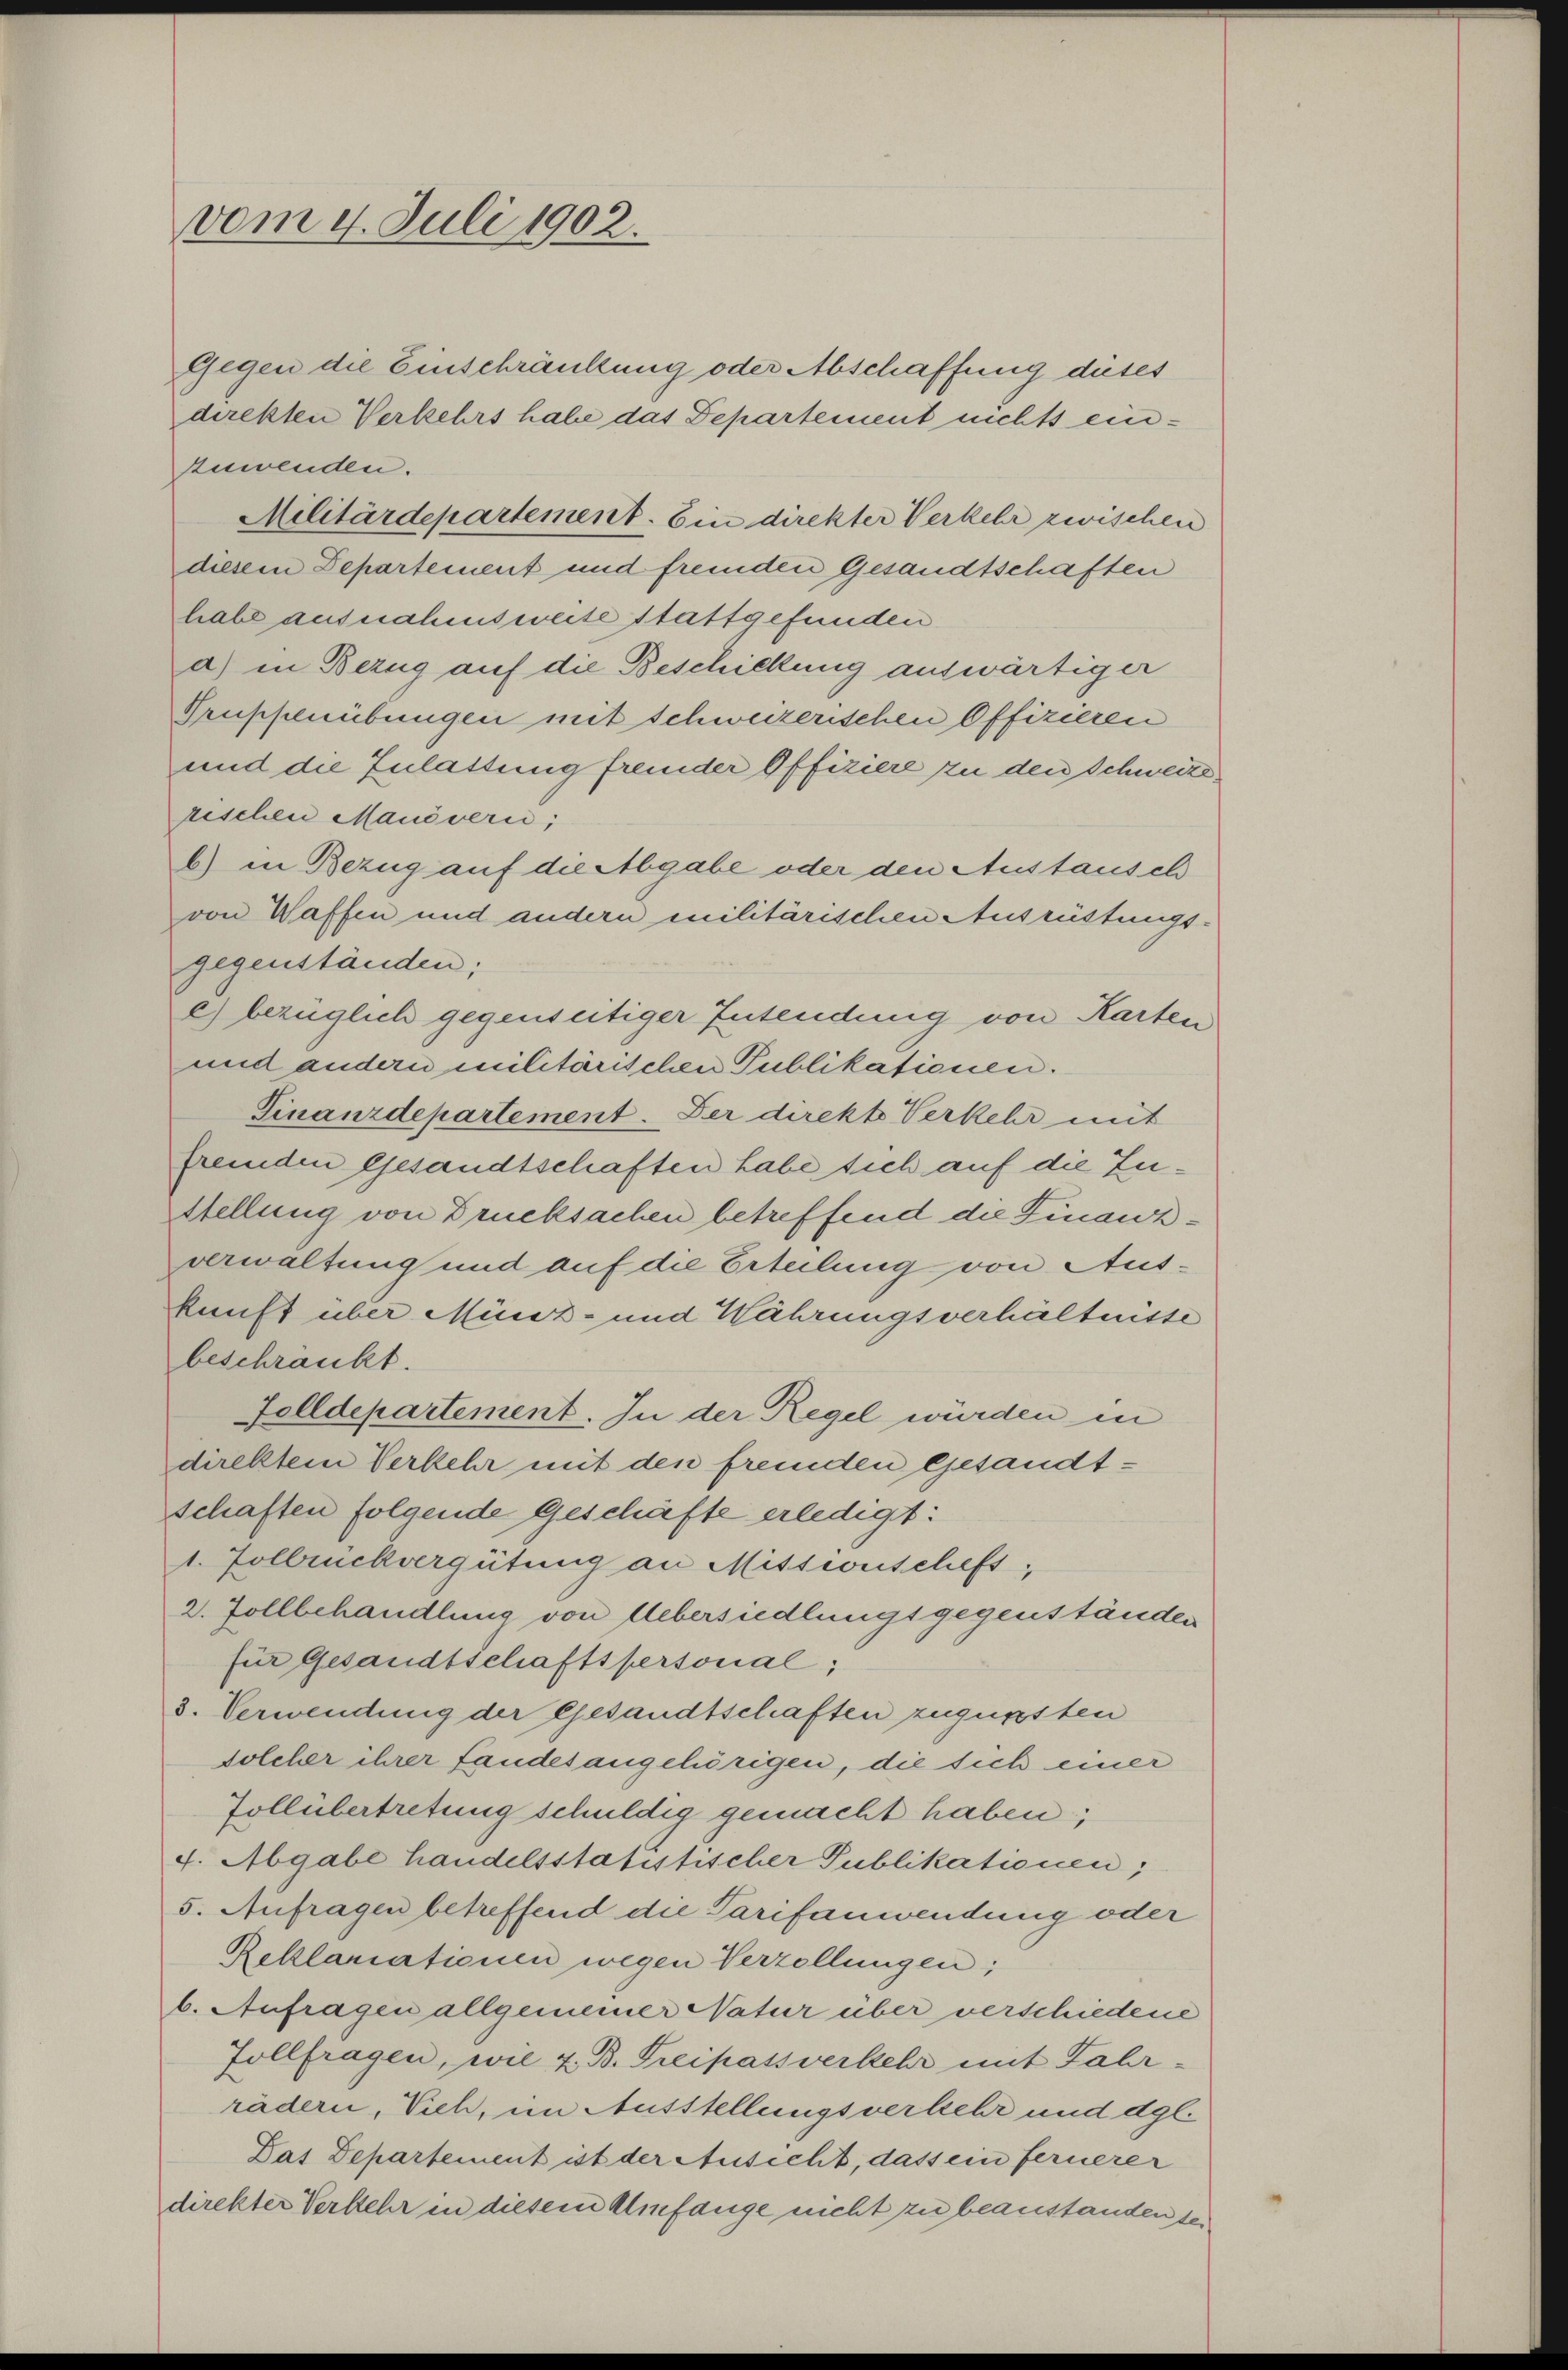
vom 4. Juli 1902.

Gegen die Einschränkung oder Abschaffung dieses
direkten Verkehrs habe das Departement nichts einzuwenden.
Militärdepartement. Ein direkter Verkehr zwischen
diesem Departement und fremden Gesandtschaften
habe ausnahmsweise stattgefunden
a) in Bezug auf die Beschickung auswärtiger
Prupfenübungen mit Schweizerischen Offizieren
und die Zulassung fremder Offiziere zu den Schweize
rischen Manöveri;
b) in Bezug auf die Abgabe oder den Austausch
von Waffen und andern militärischen Ausrüstungsgegenständen;
e) bezüglich gegenseitiger Intendung von Karten
und andern militärischen Publikationen.
Finanzdepartement. Der direkte Verkehr mit
fremden Gesandtschaften habe sich auf die Zu¬
Stellung von Drucksachen betreffend die Finanzverwaltung und auf die Erteilung von Auskunft über Münz- und Währungsverhältnisse
beschränkt.
Felldepartement. In der Regel würden in
direktem Verkehr mit den fremden gesandtschaften folgende Geschäfte erledigt:
1. Zollrickvergütung an Missionschefs,
2. Zollbehandlung von Uebersiedlungsgegenständen
für Gesandtschaftspersonal;
3. Verwendung der Gesandtschaften zugunsten
solcher ihrer fandesangehörigen, die sich einer
Zollübertretung schuldig gemacht haben;
4. Abgabe handelsstatistischer Publikationen,
5. Aufragen betreffend die Tarifanwendung oder
Reklamationen wegen Verzöllungen;
b. Aufragen allgemeiner Natur über verschiedene
Zollfragen, wie z. B. Freipassverkehr mit Jahr-
rädern, Vieh, im Ausstellungsverkehr und dgl.
Das Departement ist der Ansicht, dass ein fernerer
direkter Verkehr in diesem Umfange nicht zu beanstanden der